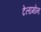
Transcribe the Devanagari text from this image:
टेलामोन